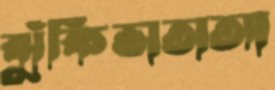
ঝুঁকিভাতাআ